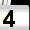
Digit: 4